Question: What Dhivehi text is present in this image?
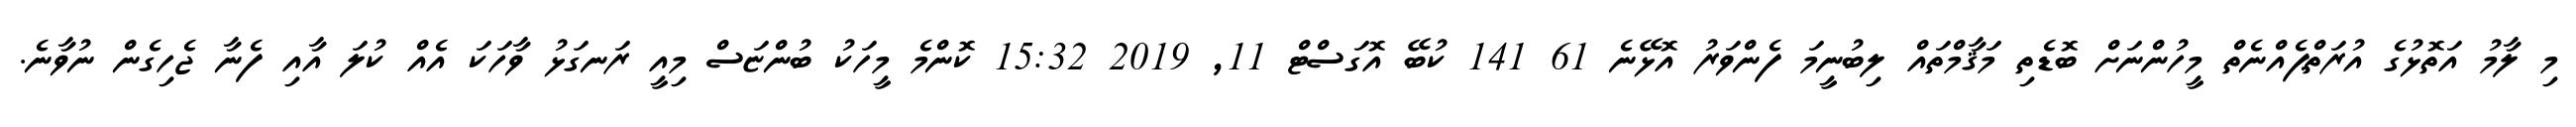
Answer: މި ލާމު އަތޮޅުގެ އުރަތްޕެއްނެތް މީހުންނަށް ބޮޑެތި މަޤާމްތައް ލިބުނީމަ ފެންވަރު އޮޅޭނެ 61 141 ކުބޭ އޮގަސްޓް 11, 2019 15:32 ކޮންމެ މީހަކު ބުންޏަސް މިއީ ރަނގަޅު ވާހަކަ އެއް ކުލަ އާއި ފެނާ ޖެހިގެން ނުވާނެ.